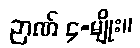
ဉာဏ် ၄-မျိုး။